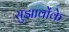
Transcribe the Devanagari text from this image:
सुझावोंके